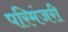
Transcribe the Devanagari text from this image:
परिमंजरी